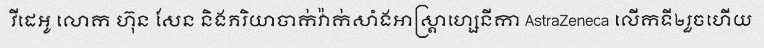
វីដេអូ លោក ហ៊ុន សែន និងភរិយាចាក់វ៉ាក់សាំងអាស្ត្រាហ្សេនីកា AstraZeneca លើកទី២រួចហើយ